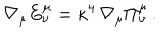
\nabla _ { \mu } E _ { \nu } ^ { \mu } = \kappa ^ { 4 } \, \nabla _ { \mu } \Pi _ { \nu } ^ { \mu } \, .